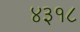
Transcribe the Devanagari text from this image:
४३१८